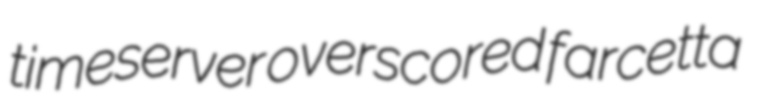
timeserver overscored farcetta